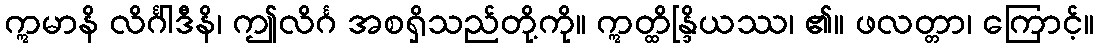
ဣမာနိ လိင်္ဂါဒီနိ၊ ဤလိင်္ဂ အစရှိသည်တို့ကို။ ဣတ္ထိန္ဒြိယဿ၊ ၏။ ဖလတ္တာ၊ ကြောင့်။